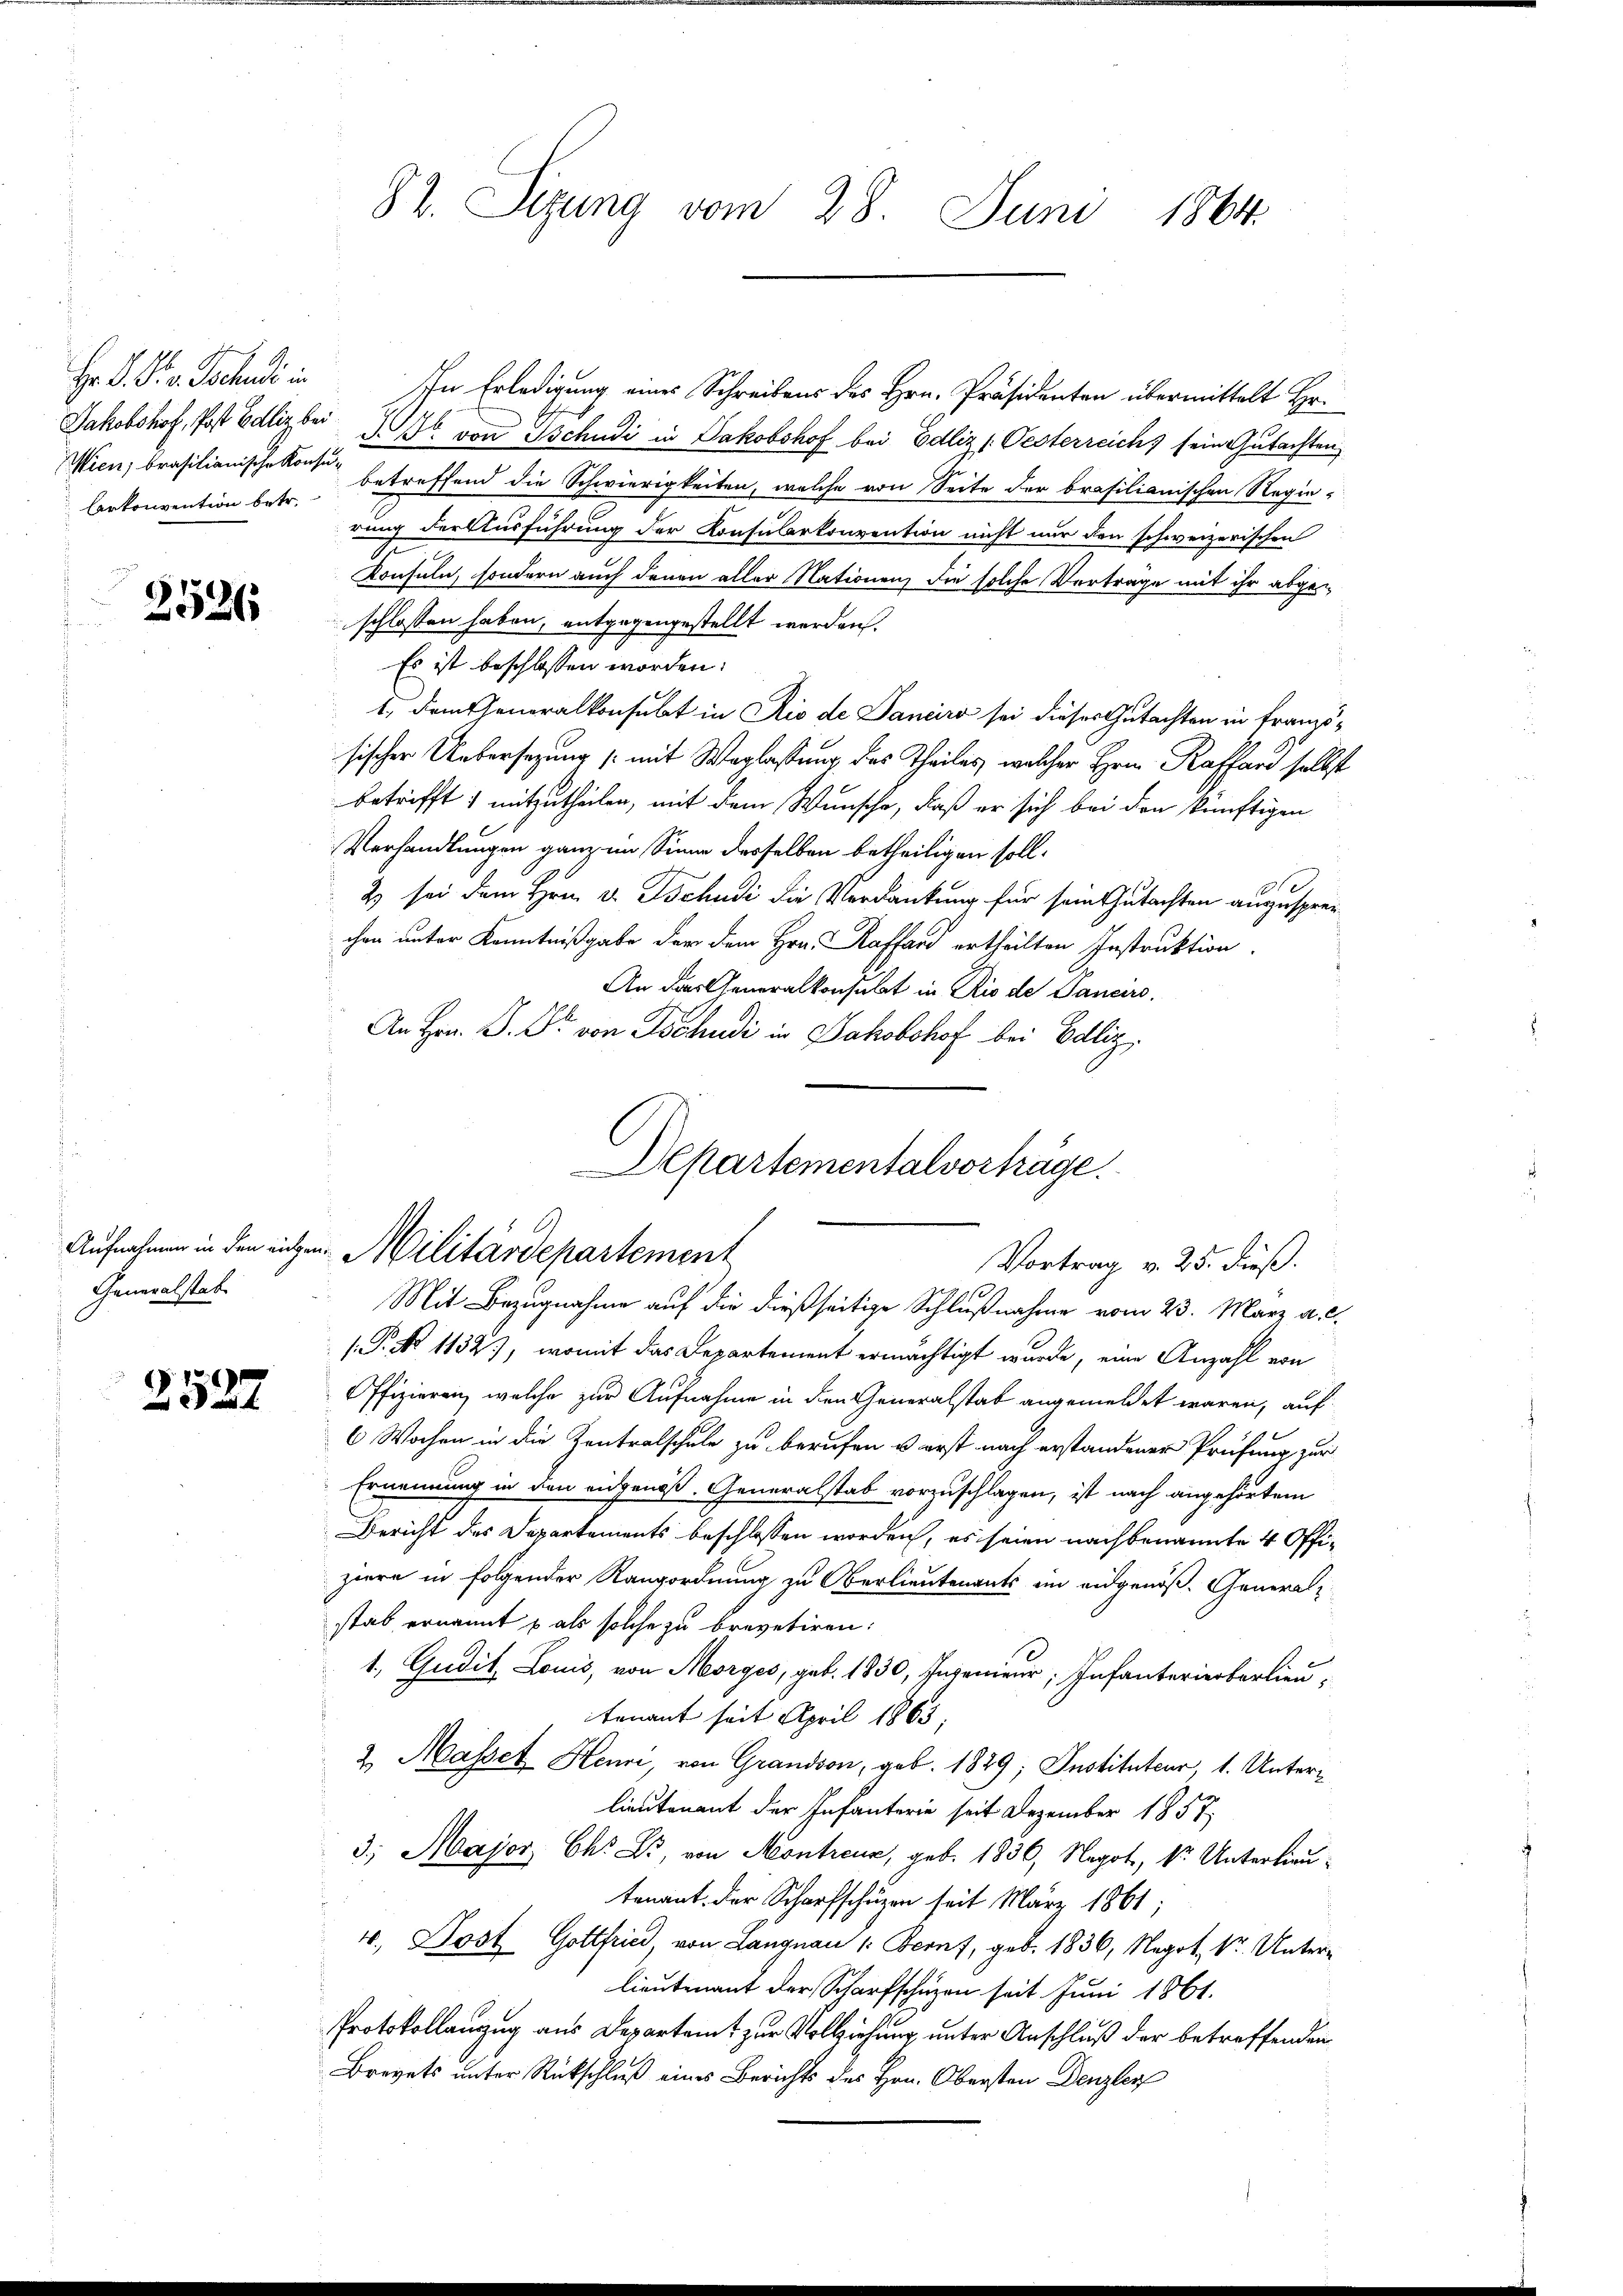
Hr D. Die Sachens in
larkonvention betr.

2526

Generalstab

2527

82. Sizung vom 28. Juni 1864.

In Erledigung eines Schreibens des Hrn. Präsidenten übermittelt Hr.
Jakobshof, Post Edliz bei 1 von Tschudi in Jakobshof bei Edliz (Oesterreich sein Gutachten
Wien, brasilianische Konsen betreffend die Schwierigkeiten, welche von Seite der brasilianischen Regie-
rung der Ausführung der Konsularkonvention nicht nur den schweizerischen
Konsuln, sondern auch denen aller Nationen, die solche Verträge mit ihr abgeschlossen haben, entgegengestellt werden.
Es ist beschlossen worden.
1. dem Generalkonsubt in Rio de Sancira sei dieses Gutachten in Französischer Uebersetzung mit Weglassung des Theiles, welcher Hrn. Kaffend selbst
betrifft ; mitzutheilen, mit dem Wunsche, daß er sich bei den künftigen
Verhandlungen ganz im Sinne desselben betheiligen soll¬
2) sei dem Hrn. v. Tschudi die Verdankung für sein Gutachten anzusprechen unter Kenntnißgabe der dem Hrn. Kaffend ertheilten Instruktion
An das Generalkonsulat in Rio de Sancirs.
An Hrn. P. Dr. von Tschudi in Jakobshof bei Bellig,

Departementalvorträge
Aufnahmen in den sichen Militärdepartement
Vortrag v. 25. dieß.

Mit Bezugnahme auf die dießseitige Schlußnahme vom 23. März a. c.
/.P. No 1132), womit das Departement ermächtigt wurde, eine Anzahl von
Offizieren, welche zur Aufnahme in den Generalstab angemeldet waren, auf
6 Wochen in die Zentralschule zu berufen u. erst nach erstandener Prüfung zur
Ernennung in den eidgenoß. Generalstab vorzuschlagen, ist nach angehörtem
Bericht des Departements beschlossen worden, es seien nachbenannte 4 Offiziere in folgender Rangordnung zu Oberlieutenants in eidgenöß. General-
stab ernannt u. als solche zu brevetiren:
1, Gudit Louis, von Morges, geb. 1830, Ingenieur; Infanterierberlieutenant seit April 1863,
2. Masset Henri, von Grandson, geb. 1829; Instituteur, 1. Unterlieutenant der Infanterie seit Dezember 1857
3; Major Chr. L., von Montreux, geb. 1836, Negot, kr. Unterlieutenant der Scharfschüzen seit März 1861;
4. Post Gottfried, von Langnau 1. Beruf, geb. 1836, Negot kr. Unterlieutenant der Scharfschuzen seit Juni 1861.
Protokollanzug aus Departamt zur Vollziehung unter Anschluß der betreffenden
Brevets unter Rückschluß eines Berichts des Hrn. Obersten Denzley